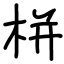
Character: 栟